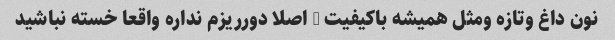
نون داغ وتازه ومثل همیشه باکیفیت … اصلا دورریزم نداره واقعا خسته نباشید